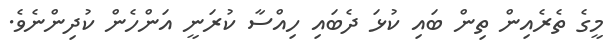
މީގެ ތެރެއިން ތިން ބައި ކުޅަ ދެބައި ހިއްސާ ކުރަނީ އަންހެން ކުދިންނެވެ.